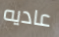
عاديه